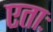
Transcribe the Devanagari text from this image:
एताः